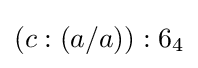
(c:(a/a)):6_{4}